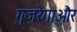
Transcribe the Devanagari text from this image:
गुजरेगाऔर